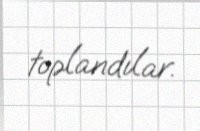
toplandılar.